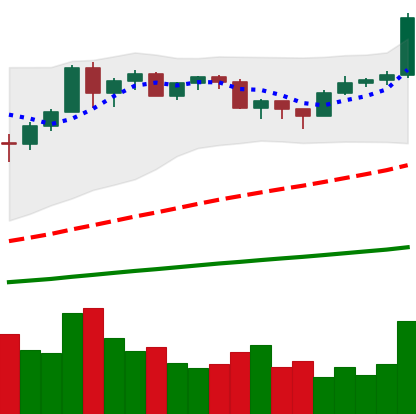
Ticker: BTC-USD
Chart end date: 2020-12-16
Forward return: 7.003%
Label: up_7plus